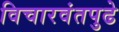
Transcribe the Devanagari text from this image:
विचारवंतपुढे